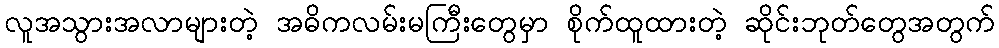
လူအသွားအလာများတဲ့ အဓိကလမ်းမကြီးတွေမှာ စိုက်ထူထားတဲ့ ဆိုင်းဘုတ်တွေအတွက်